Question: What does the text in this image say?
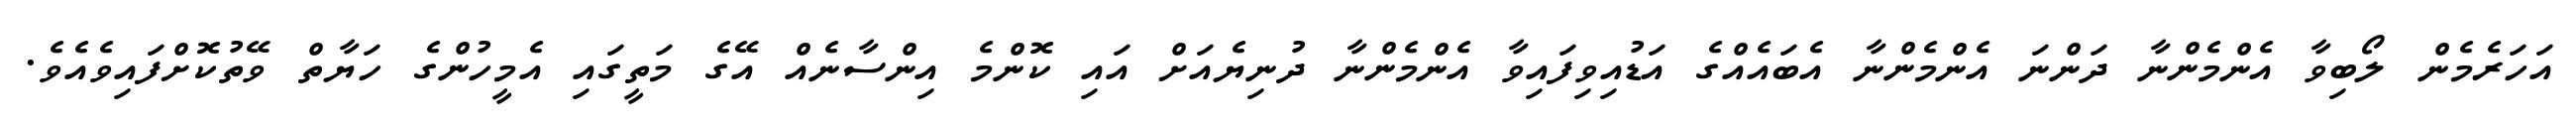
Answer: އަހަރެމެން ލޯބިވާ އެންމެންނާ ދަންނަ އެންމެންނާ އެބައެއްގެ އަޑުއިވިފައިވާ އެންމެންނާ ދުނިޔެއަށް އައި ކޮންމެ އިންސާނެއް އޭގެ މަތީގައި އެމީހުންގެ ހަޔާތް ވޭތުކޮށްފައިވެއެވެ.